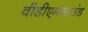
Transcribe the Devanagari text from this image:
वीडीएमसाउंड